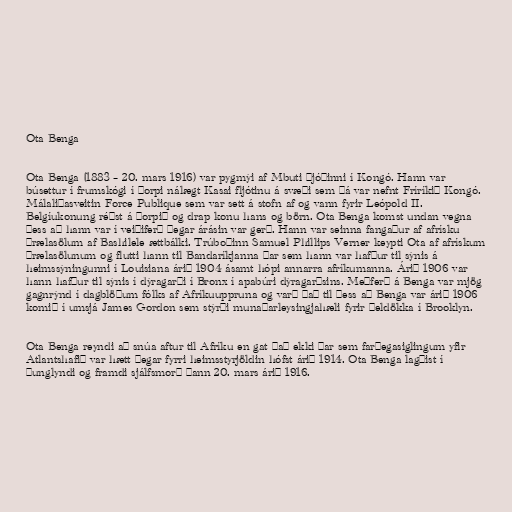
Ota Benga

Ota Benga (1883 – 20. mars 1916) var pygmýi af Mbuti þjóðinni í Kongó. Hann var
búsettur í frumskógi í þorpi nálægt Kasai fljótinu á svæði sem þá var nefnt Fríríkið Kongó.
Málaliðasveitin Force Publique sem var sett á stofn af og vann fyrir Leópold II.
Belgíukonung réðst á þorpið og drap konu hans og börn. Ota Benga komst undan vegna
þess að hann var í veiðiferð þegar árásin var gerð. Hann var seinna fangaður af afrísku
þrælasölum af Bashilele ættbálki. Trúboðinn Samuel Phillips Verner keypti Ota af afrískum
þrælasölunum og flutti hann til Bandaríkjanna þar sem hann var hafður til sýnis á
heimssýningunni í Louisiana árið 1904 ásamt hópi annarra afríkumanna. Árið 1906 var
hann hafður til sýnis í dýragarði í Bronx í apabúri dýragarðsins. Meðferð á Benga var mjög
gagnrýnd í dagblöðum fólks af Afríkuuppruna og varð það til þess að Benga var árið 1906
komið í umsjá James Gordon sem stýrði munaðarleysingjahæli fyrir þeldökka í Brooklyn.

Ota Benga reyndi að snúa aftur til Afríku en gat það ekki þar sem farþegasiglingum yfir
Atlantshafið var hætt þegar fyrri heimsstyrjöldin hófst árið 1914. Ota Benga lagðist í
þunglyndi og framdi sjálfsmorð þann 20. mars árið 1916.